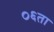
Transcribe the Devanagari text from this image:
०६ता